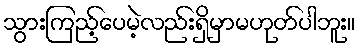
သွားကြည့်ပေမဲ့လည်းရှိမှာမဟုတ်ပါဘူး။